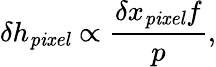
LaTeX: \delta h_{\mathit{pixel}}\propto\frac{\delta x_{\mathit{pixel}}f}{p},